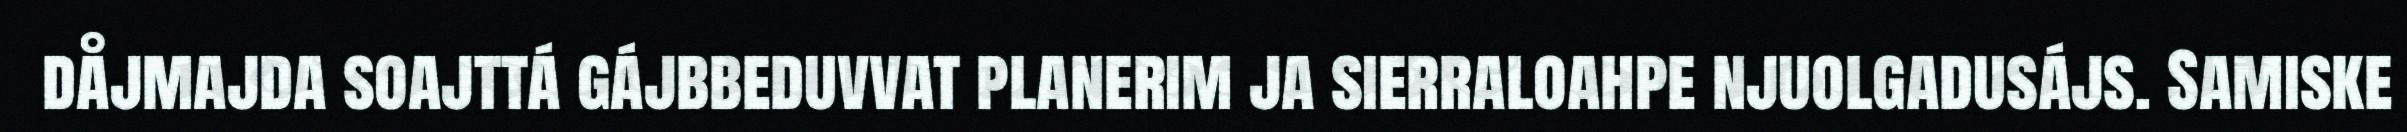
dåjmajda soajttá gájbbeduvvat planerim ja sierraloahpe njuolgadusájs. Samiske